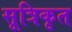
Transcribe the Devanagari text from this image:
सूत्रिकृत